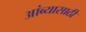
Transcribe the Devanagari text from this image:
आंब्यासाठी